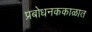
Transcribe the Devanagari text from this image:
प्रबोधनककाळात